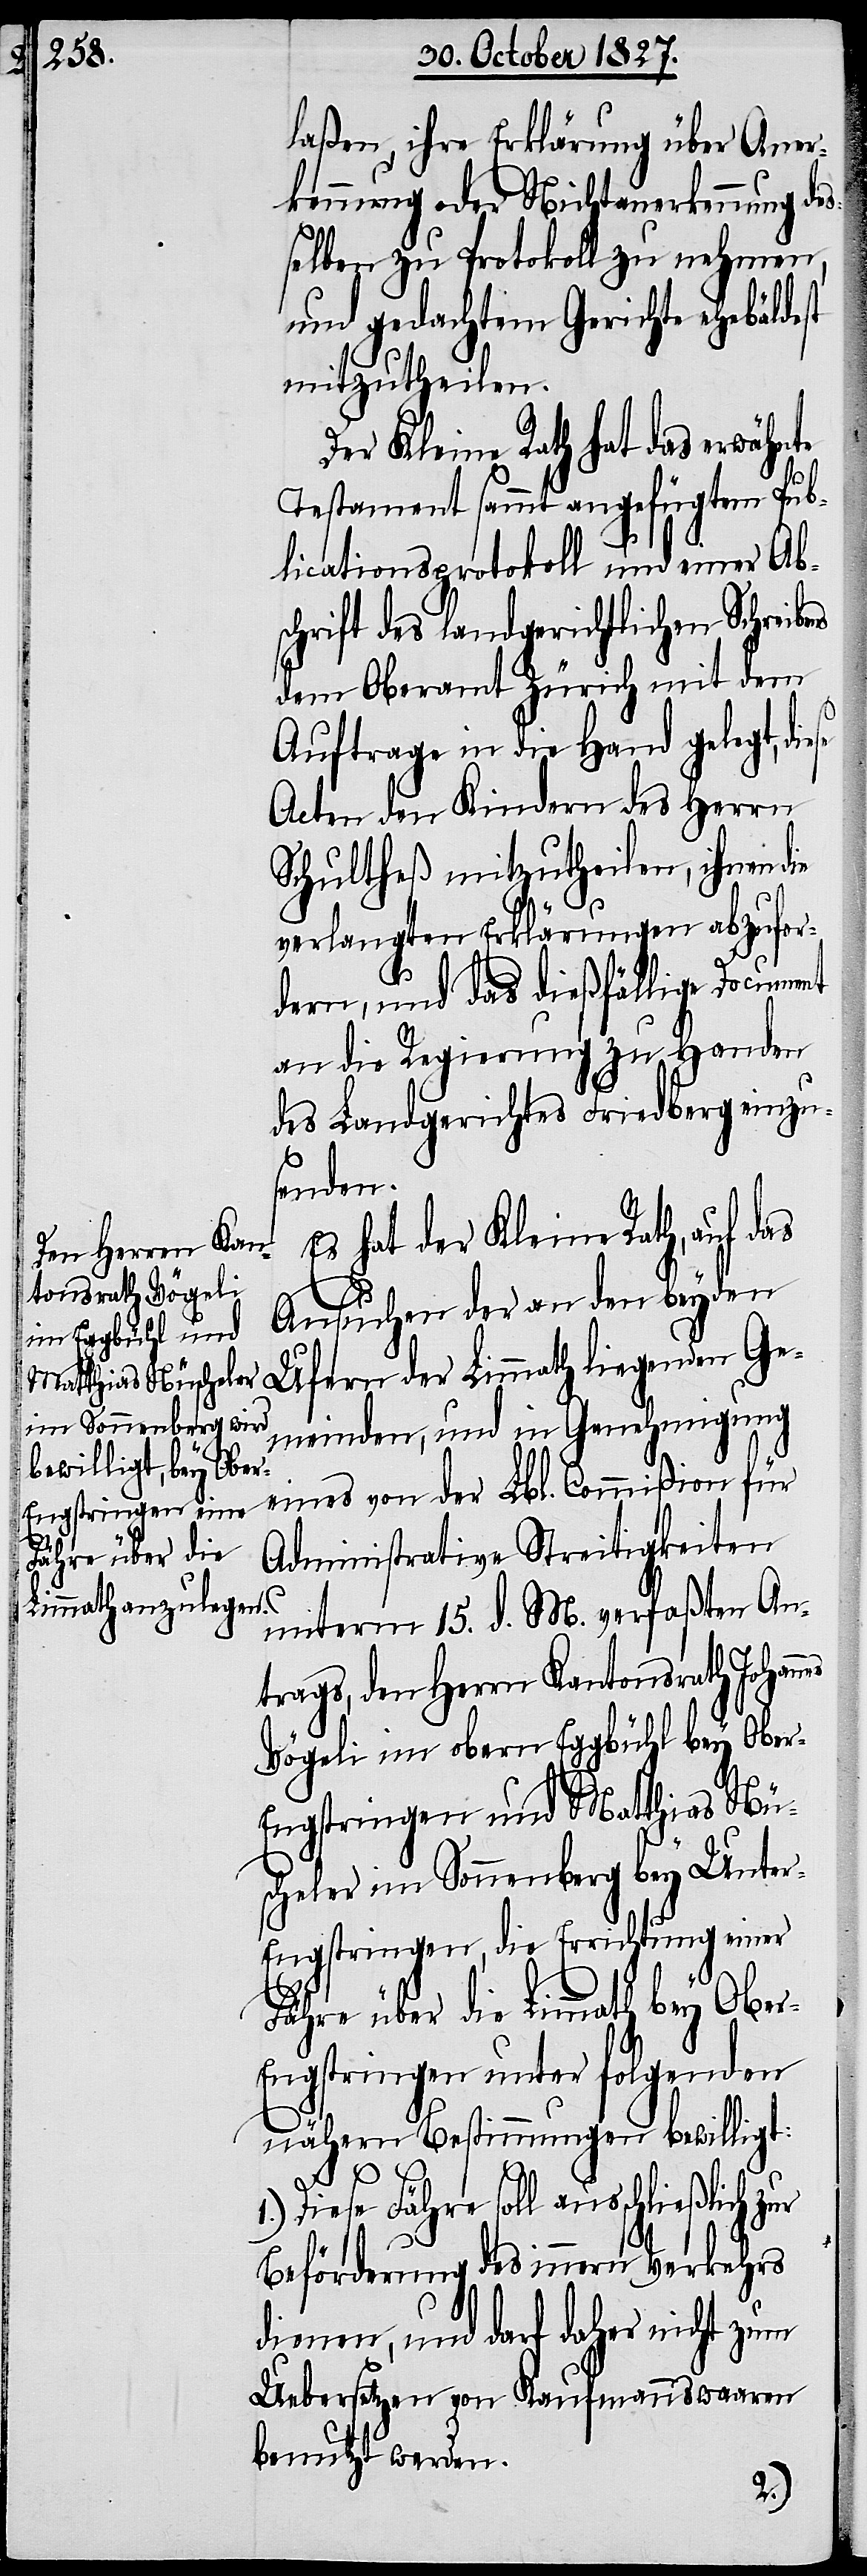
r-E¬

laßen, ihre Erklärung über Aner¬
kennung oder Nichtanerkennung de¬
selben zu Protokoll zu nehmen,
und gedachtem Gerichte ehebäldest
mitzutheilen.
Der Kleine Rath hat das erwähnte
Testament sammt angeführtem Pub¬
licationsprotokoll und einer Ab¬
schrift des landgerichtlichen Schreibe¬
dem Oberamt Zürich mit dem
Auftrage in die Hand gelegt, di¬
Acten den Kindern des Herrn
Schultheß mitzutheilen, ihnen die
verlangten Erklärungen abzufor¬
dern, und das dießfällige Document
an die Regierung zu Handen
des Landgerichtes Friedberg einzus¬
enden.
Es hat der Kleine Rath, auf das
Ansuchen der an den beyden
Ufern der Limmath liegenden Ge¬
meinden, und in Genehmigung
eines von der Lbl. Commißion für
nes
Administrative Streitigkeiten
unterm 15. d. M. verfaßten An¬
trags, den Herrn Kantonsrath Johan¬
Vögeli im obern Eggbühl bey Obe¬
ngstringen und Matthias Nü¬
scheler im Sonnenberg bey Unte¬
r-Engstringen, die Errichtung einer
Fähre über die Limmath bey Obe¬
r-Engstringen unter folgenden
nähern Bestimmungen bewilligt:
1.) Diese Fähre soll ausschließlich zur
Beförderung des innern Verkehrs
dienen, und darf daher nicht zum
Uebersetzen von Kaufmannswaaren
benutzt werden.